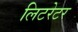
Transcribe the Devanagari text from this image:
लिटरेटर